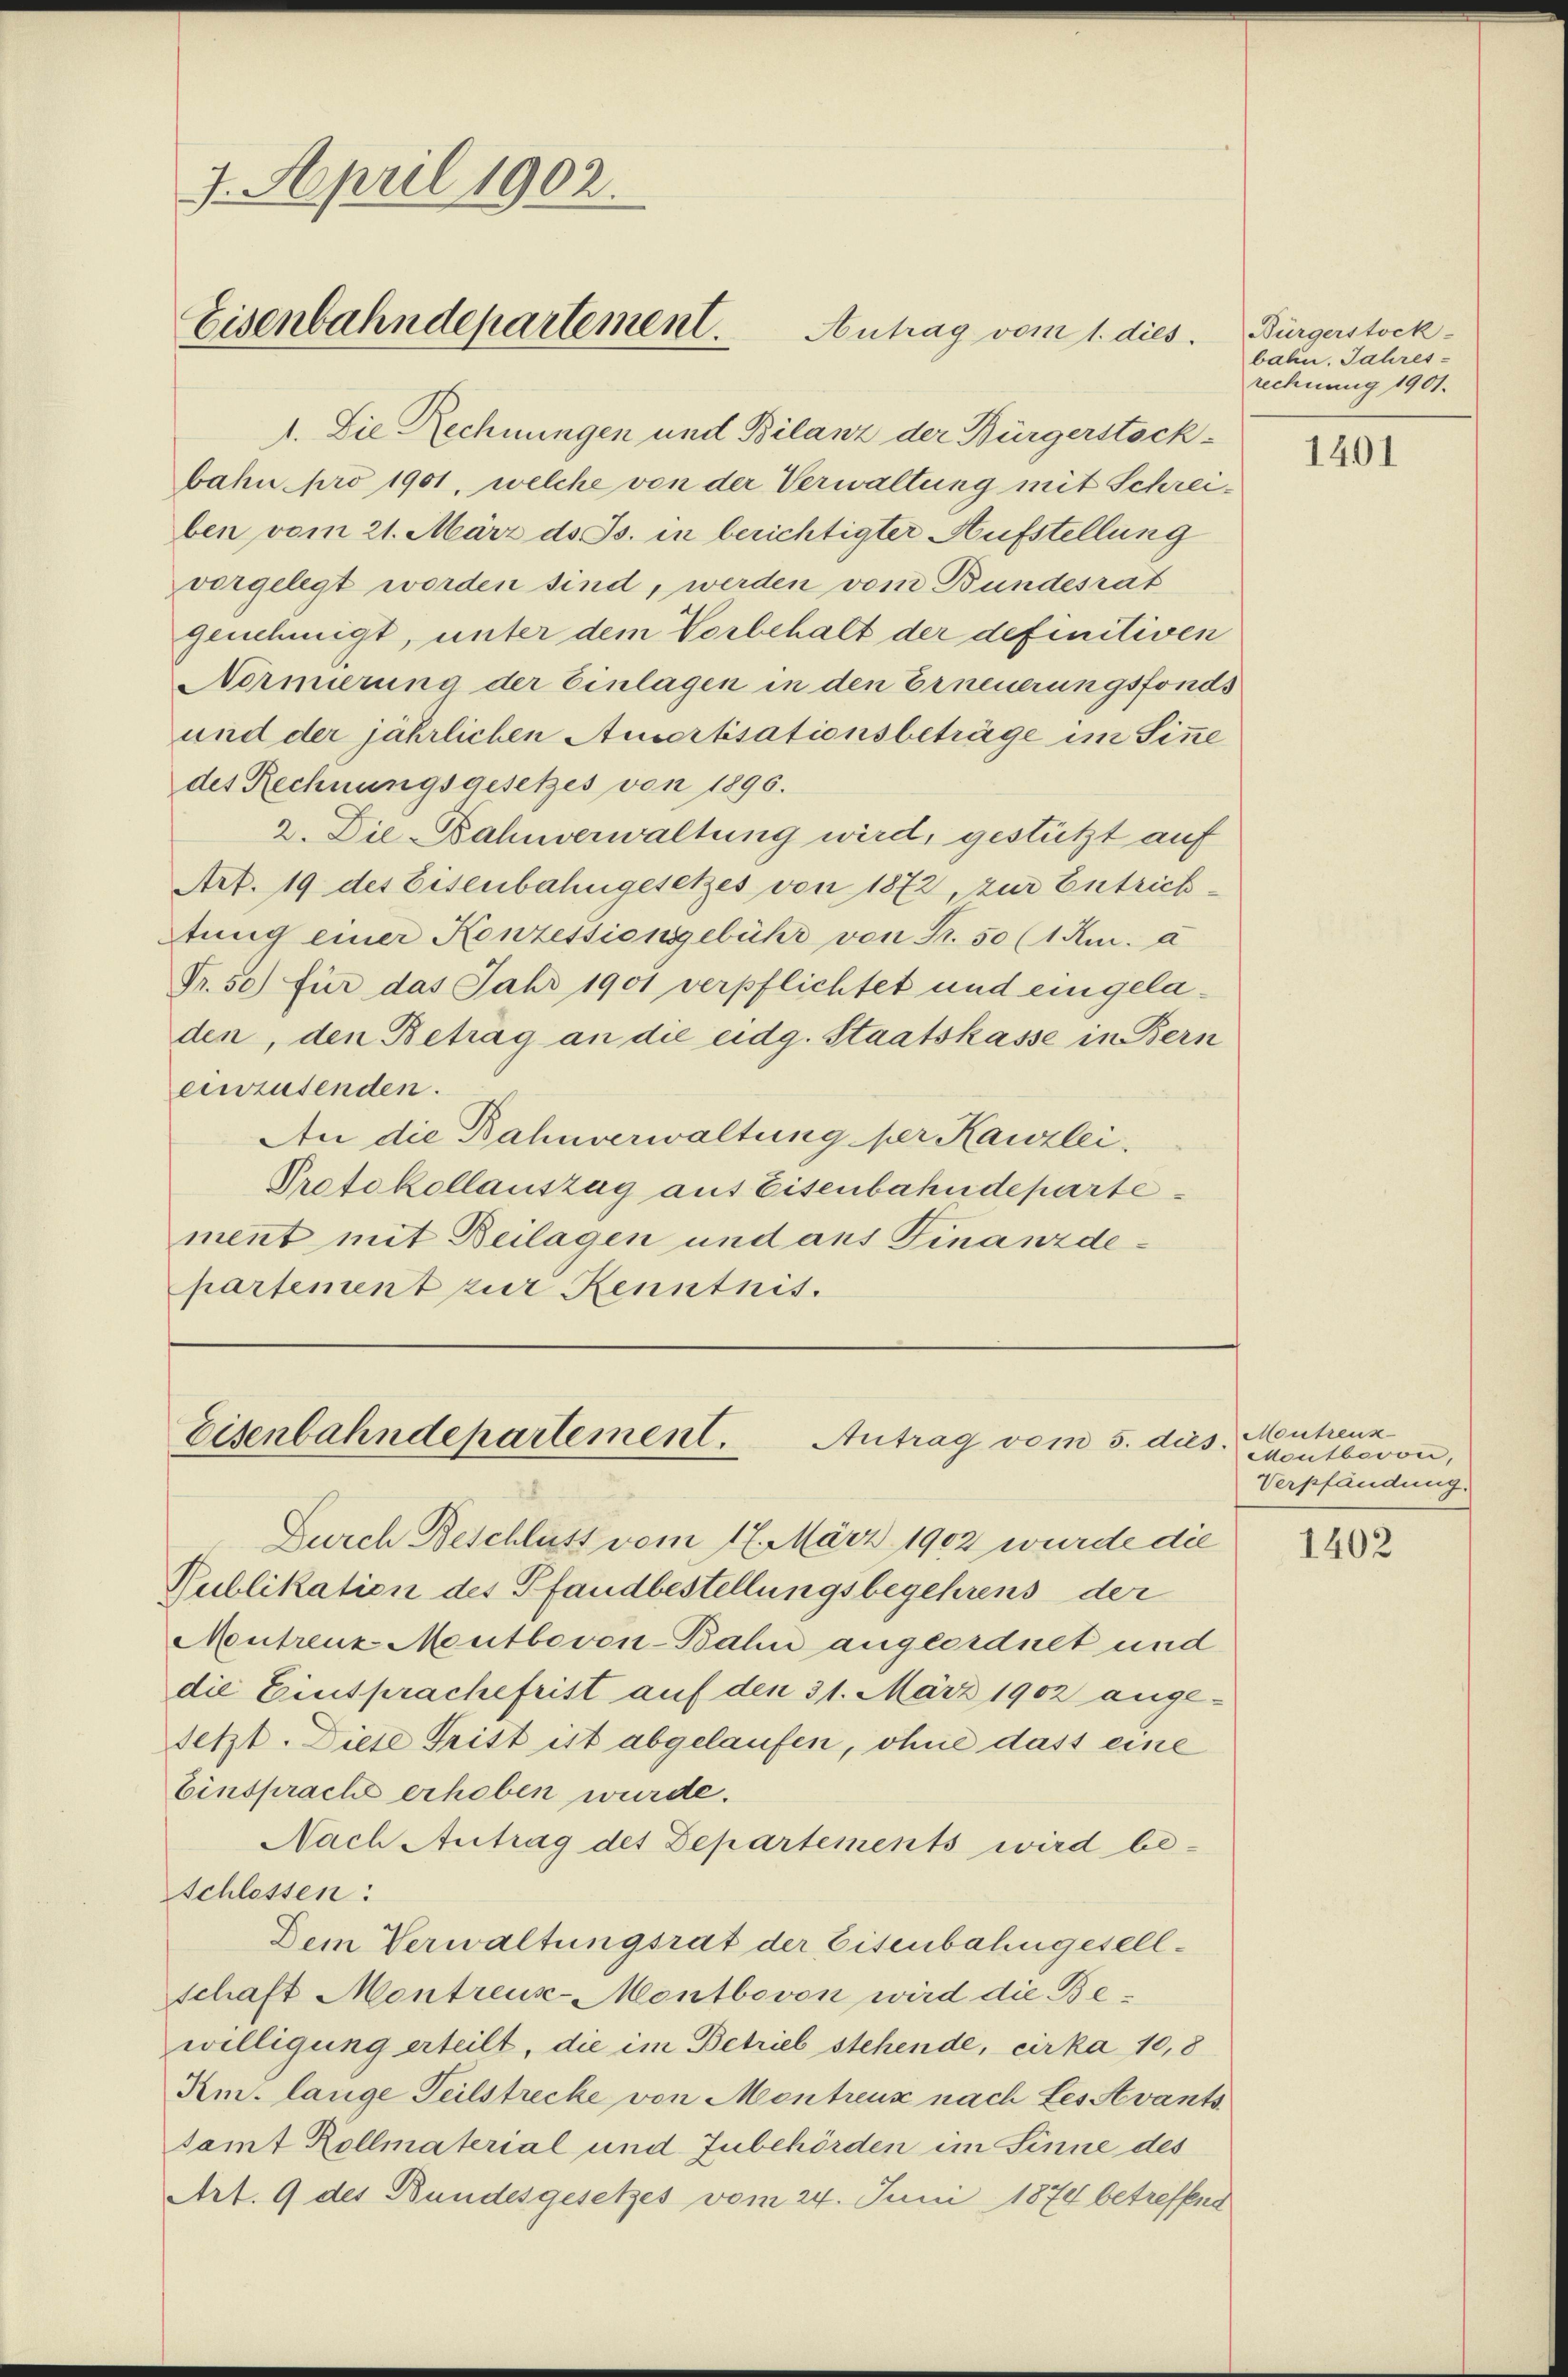
7. April 1902.
Eisenbahndepartement.
Antrag vom 1. dies

1. Die Rechnungen und Bilanz der Bürgerstock-
bahn pro 1901, welche von der Verwaltung mit Schreiben vom 21. März d. Js. in berichtigter Aufstellung
vorgelegt worden sind, werden vom Bundesrat
genehmigt, unter dem Vorbehalt der definitiven
Normierung der Einlagen in den Erneuerungsfonds
und der jährlichen Amortisationsbeträge im Sinne
des Rechnungsgesetzes von 1896.
2. Die Bahnverwaltung wird, gestützt auf
Art. 19 des Eisenbahngesetzes von 1872 zur Entrichtung einer Konzessionsgebühr von Fr. 50 (1 u. a
Fr. 50) für das Jahr 1901 verpflichtet und eingeladen, den Betrag an die eidg. Staatskasse in Bern
einzusenden.
An die Bahnverwaltung per Kanzlei,
Protokollauszug aus Eisenbahndeparte
ment mit Beilagen und aus Finanzdepartement zur Kenntnit.

Eisenbahndepartement. Antrag vom 5. die

Durch Beschluss vom 17. März 1902 wurde die
Publikation des Pfandbestellungsbegehrens der
Montrenz Montbovon-Bahn angeordnet und
die Einsprachefrist auf den 31. März 1902 ange-
setzt. Diese Tritt ist abgelaufen, ohne dass eine
Einsprache erhoben wurde.
Nach Antrag des Departements wird be-
Schlossen:
Dem Verwaltungsrat der Eisenbahngesellschaft Montreus-Montbovon wird die Bewilligung erteilt, die im Betrieb stehende, cirka 10,8
Am. lange Teilstrecke von Montreux nach Les Avants
tamt Kollmaterial und Zubehörden im Sinne des
Art. 9 des Bundesgesetzes vom 24. Juni 1874 betreffend

Bürgerstock-
bahn. Jahres-
rechnung 1901.

1401

Montreus
3 Montbovon,
Verpfändung.

1402